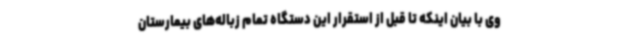
وی با بیان اینکه تا قبل از استقرار این دستگاه تمام زباله‌های بیمارستان